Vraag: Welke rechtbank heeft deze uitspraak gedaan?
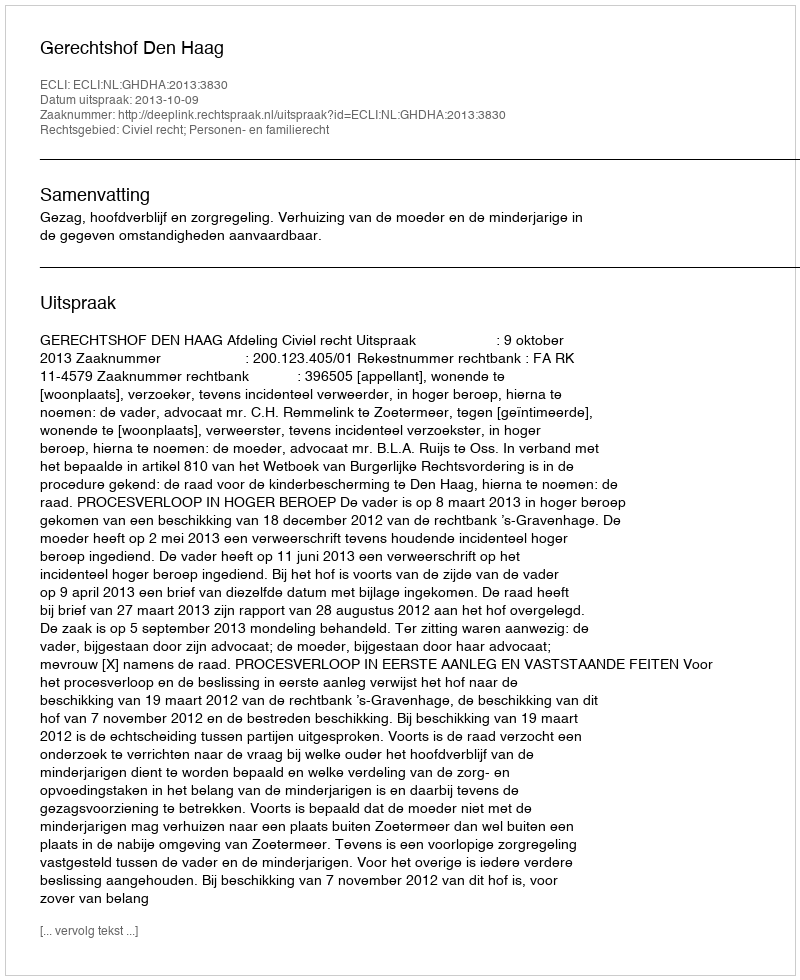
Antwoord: Gerechtshof Den Haag